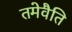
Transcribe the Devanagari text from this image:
तमेवैति